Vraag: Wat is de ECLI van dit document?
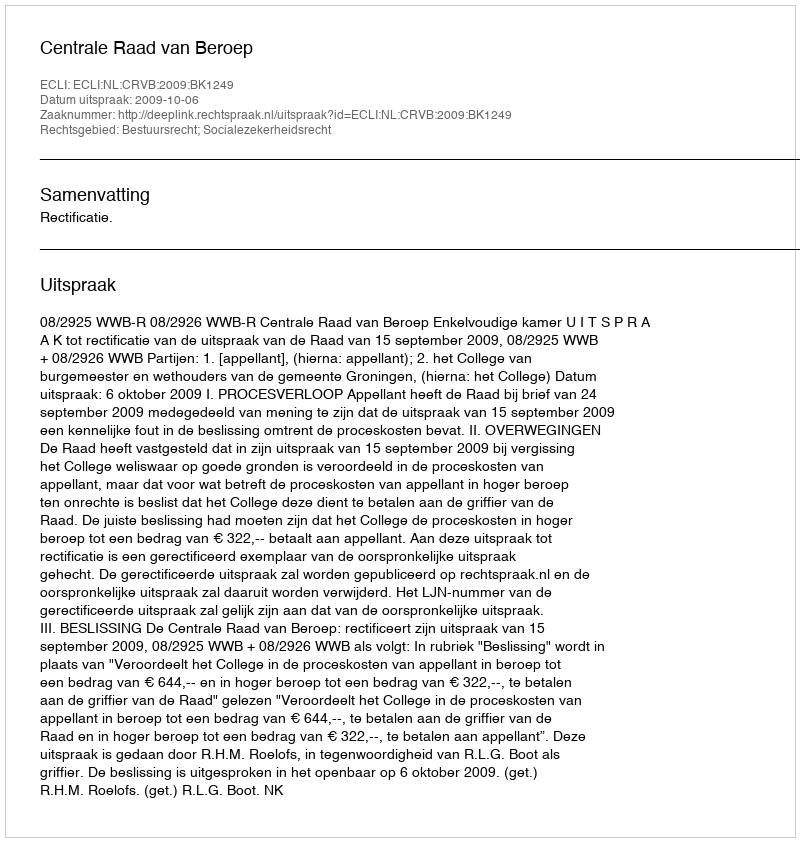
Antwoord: ECLI:NL:CRVB:2009:BK1249